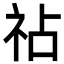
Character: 𫀅